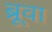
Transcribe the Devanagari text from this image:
ब्रूवा